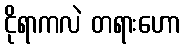
ငိုရာကလဲ တရားဟော